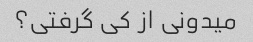
میدونی از کی گرفتی؟